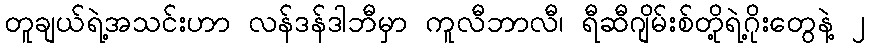
တူချယ်ရဲ့အသင်းဟာ လန်ဒန်ဒါဘီမှာ ကူလီဘာလီ၊ ရီဆီဂျိမ်းစ်တို့ရဲ့ဂိုးတွေနဲ့ ၂